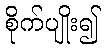
စိုက်ပျိုး၍